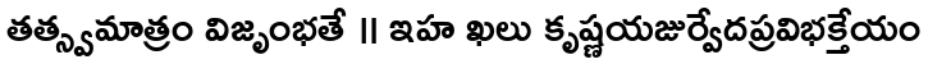
తత్స్వమాత్రం విజృంభతే ॥ ఇహ ఖలు కృష్ణయజుర్వేదప్రవిభక్తేయం